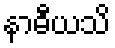
နာဓီယသိ